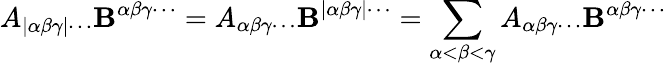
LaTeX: A_{|\alpha\beta\gamma|\cdots}\mathbf{B}^{\alpha\beta\gamma\cdots}=A_{\alpha\beta\gamma\cdots}\mathbf{B}^{|\alpha\beta\gamma|\cdots}=\sum_{\alpha<\beta<\gamma}A_{\alpha\beta\gamma\cdots}\mathbf{B}^{\alpha\beta\gamma\cdots}